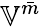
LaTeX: {\mathbb{V}}^{\bar{m}}